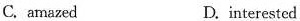
C. amazed D. interested